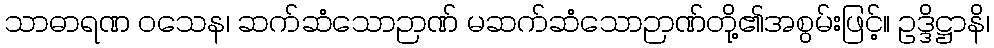
သာဓာရဏ ဝသေန၊ ဆက်ဆံသောဉာဏ် မဆက်ဆံသောဉာဏ်တို့၏အစွမ်းဖြင့်။ ဥဒ္ဒိဋ္ဌာနိ၊